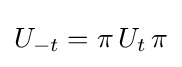
U_{-t}=\pi \,U_{t}\,\pi